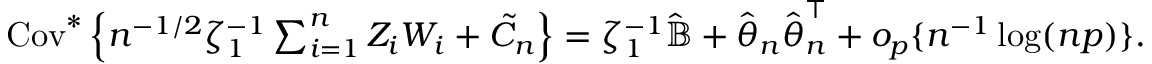
\begin{array} { r } { \mathrm { C o v } ^ { * } \left\{ n ^ { - 1 / 2 } \zeta _ { 1 } ^ { - 1 } \sum _ { i = 1 } ^ { n } Z _ { i } W _ { i } + { \tilde { C } } _ { n } \right\} = \zeta _ { 1 } ^ { - 1 } \hat { { \mathbb { B } } } + \hat { { \boldsymbol \theta } } _ { n } \hat { { \boldsymbol \theta } } _ { n } ^ { \top } + o _ { p } \{ n ^ { - 1 } \log ( n p ) \} . } \end{array}